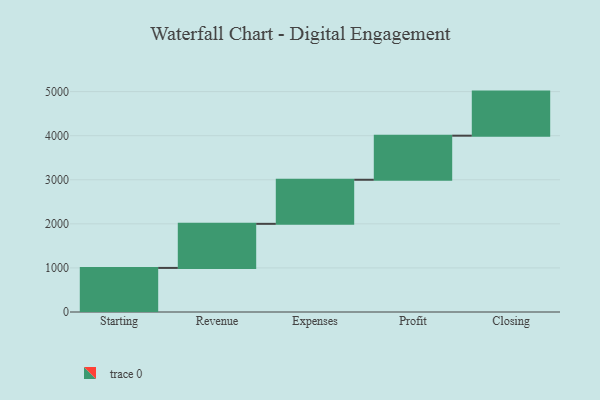
{"axis": {"x": "Step", "y": "Value"}, "legend": [""], "data": [{"x": "Starting", "y": 1000, "type": ""}, {"x": "Revenue", "y": 1000, "type": ""}, {"x": "Expenses", "y": 1000, "type": ""}, {"x": "Profit", "y": 1000, "type": ""}, {"x": "Closing", "y": 1000, "type": ""}]}